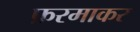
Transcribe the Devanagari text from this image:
फ़रमाकर